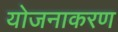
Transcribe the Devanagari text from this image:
योजनाकरण